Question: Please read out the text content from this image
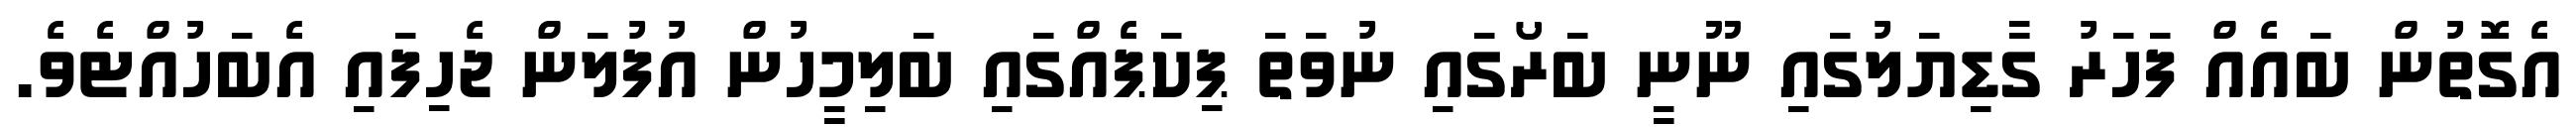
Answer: އެގޮތުން ބައެއް ފަހަރު ގާޑިޔަލުގައި ނޫނީ ބަރޯގައި ނުވަތަ ޕިކަޕެއްގައި ބަލިމީހުން އުފުލަން ޖެހިފައި އެބަހުއްޓެވެ.